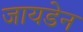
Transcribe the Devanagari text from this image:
जायडेन